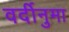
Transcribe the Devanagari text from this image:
वर्दीनुमा